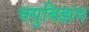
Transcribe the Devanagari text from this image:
क्युबिझम